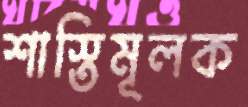
শাস্তিমূলক